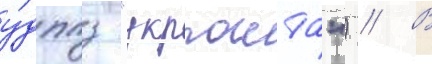
у́дппз "укрпошта") // В